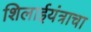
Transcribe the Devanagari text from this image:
शिलाईयंत्राचा